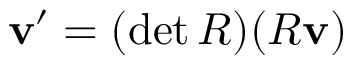
\mathbf { v } ^ { \prime } = ( \operatorname* { d e t } R ) ( R \mathbf { v } )